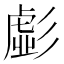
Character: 𭛚